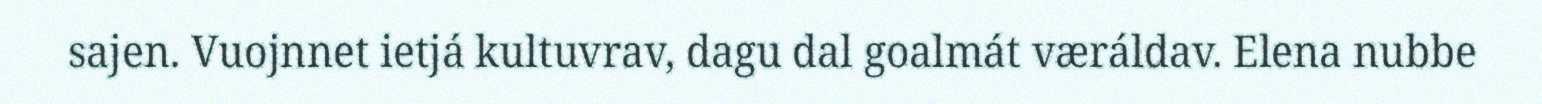
sajen. Vuojnnet ietjá kultuvrav, dagu dal goalmát væráldav. Elena nubbe